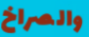
والصراخ